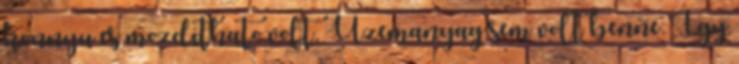
konnyu es mozdithato volt. Uzemanyag sem volt benne. Igy